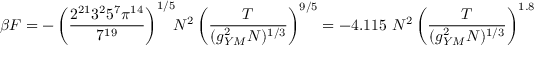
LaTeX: \beta F = - \left( { \frac { 2 ^ { 2 1 } 3 ^ { 2 } 5 ^ { 7 } \pi ^ { 1 4 } } { 7 ^ { 1 9 } } } \right) ^ { 1 / 5 } \! \! N ^ { 2 } \left( { \frac { T } { ( g _ { Y M } ^ { 2 } N ) ^ { 1 / 3 } } } \right) ^ { 9 / 5 } = - 4 . 1 1 5 ~ N ^ { 2 } \left( { \frac { T } { ( g _ { Y M } ^ { 2 } N ) ^ { 1 / 3 } } } \right) ^ { 1 . 8 }